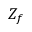
Z _ { f }